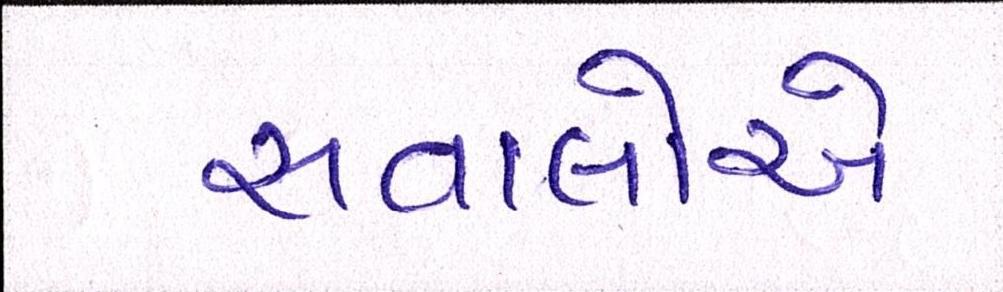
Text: સવાલોએ